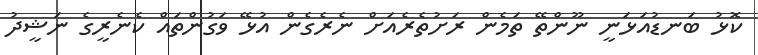
ކޮޅު ބަނޑުއަޅަނީ ނޫންތޭ ތަމެން ރަށުތެރެއަށް ނެރެގެން އުޅޭ ވަގުންތައް ކެނެރީގެ ނަޝީދު